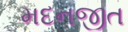
મદનજીત